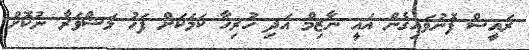
ރައީސް ފޮނުވައިގެން އައީ ނާޒިމް އަދި ހުރިހާ ކަމަކަށް ފަހު މަޝްވަރާ ނުކޮށް